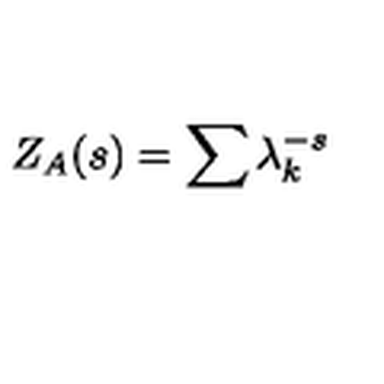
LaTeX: Z _ { A } ( s ) = \sum \lambda _ { k } ^ { - s }